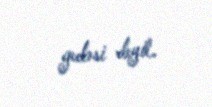
gedəsi deyil.